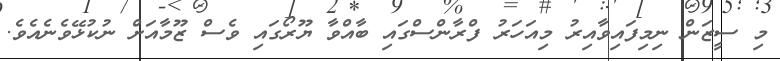
މި ސީޒަން ނިމިފައިވާއިރު މިއަހަރު ފްރާންސްގައި ބާއްވާ ޔޫރޯގައި ވެސް ޒޫމާއަށް ނުކުޅޭވެނެއެވެ.